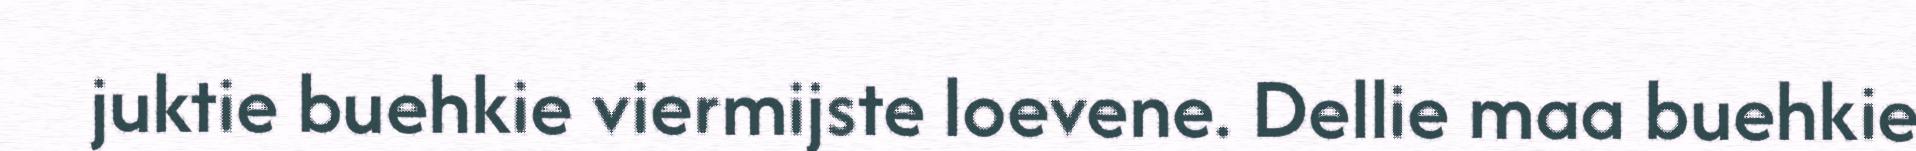
juktie buehkie viermijste loevene. Dellie maa buehkie